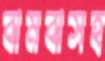
বামবাসহ